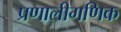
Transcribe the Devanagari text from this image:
प्रणालीगणिक